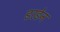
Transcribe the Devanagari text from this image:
डरडेन